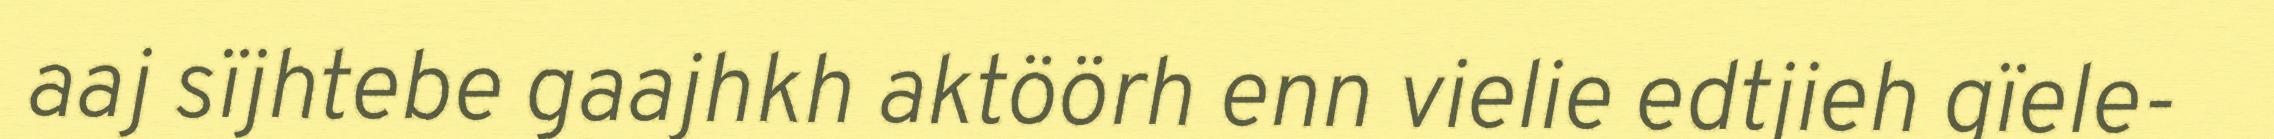
aaj sïjhtebe gaajhkh aktöörh enn vielie edtjieh gïele-